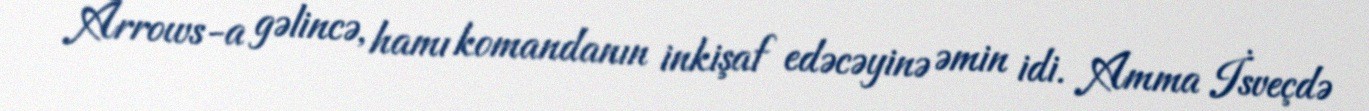
Arrows-a gəlincə, hamı komandanın inkişaf edəcəyinə əmin idi. Amma İsveçdə